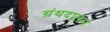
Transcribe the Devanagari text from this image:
ग्रंथदालन